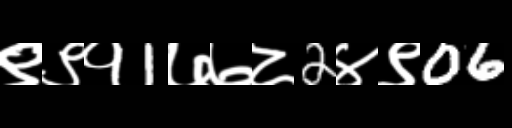
Text: ९९१1७७८2४९06